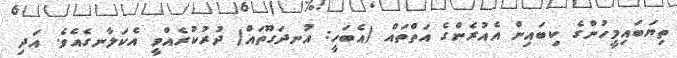
ތިޔަބައިމީހުންގެ ކިބައިން އެއުރެންގެ އަތްތައް (އެބަހީ: އުނދަގޫތައް) ދުރުކުރެއްވީ އެކަލާނގެއެވެ. އަދި